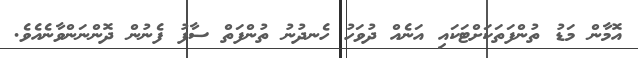
އޮމާން މަޑު ތުންފަތަކަށްޓަކައި އަނެއް ދުވަހު ހެނދުނު ތުންފަތް ސާފު ފެނުން ދޮންނަންވާނެއެވެ.